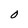
Character: O